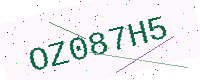
Text: OZ087H5